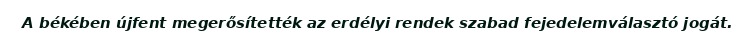
A békében újfent megerősítették az erdélyi rendek szabad fejedelemválasztó jogát.